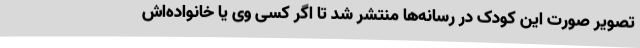
تصویر صورت این کودک در رسانه‌ها منتشر شد تا اگر کسی وی یا خانواده‌اش